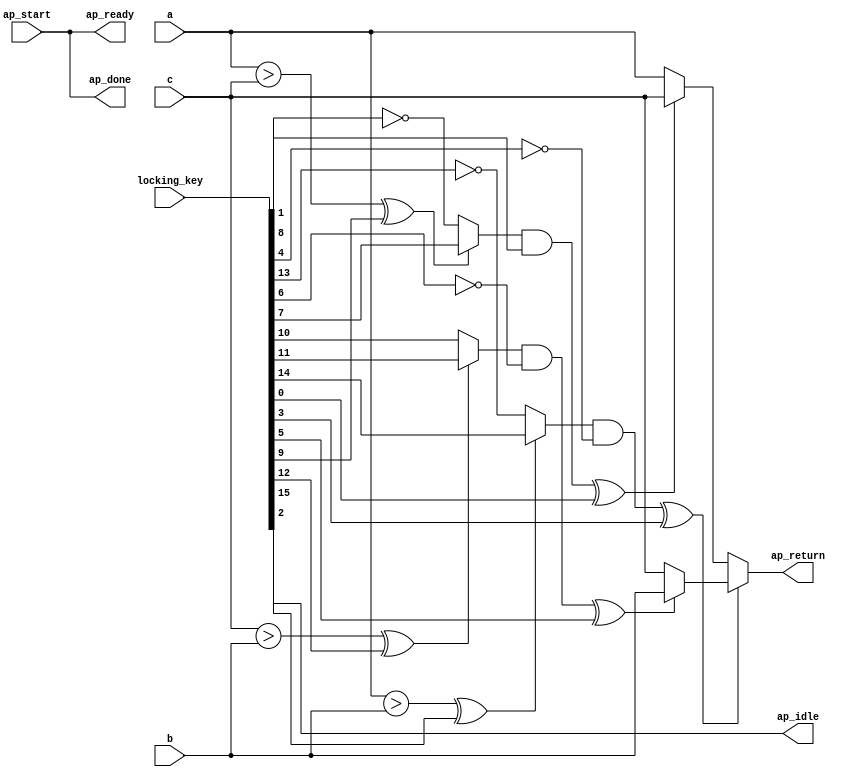
module max_three_0_obf
(
  ap_start,
  ap_done,
  ap_idle,
  ap_ready,
  a,
  b,
  c,
  ap_return,
  locking_key
);

  input ap_start;
  output ap_done;
  output ap_idle;
  output ap_ready;
  input [31:0] a;
  input [31:0] b;
  input [31:0] c;
  output [31:0] ap_return;
  wire [0:0] tmp_1_fu_40_p2;
  wire [0:0] tmp_1_fu_40_p2_temp;
  wire [0:0] tmp_2_fu_54_p2;
  wire [0:0] tmp_fu_34_p2;
  wire [0:0] tmp_fu_34_p2_temp;
  wire [31:0] a_assign_fu_46_p3;
  wire [31:0] max_fu_60_p3;
  wire Const_0;
  wire Const_1;
  wire Const_2;
  wire Const_3;
  wire Const_4;
  wire Const_5;
  wire Const_6;
  wire Const_7;
  wire Const_8;
  wire Const_9;
  input [254:0] locking_key;
  wire [15:0] working_key;
  assign a_assign_fu_46_p3 = ((tmp_1_fu_40_p2_temp ^ working_key[0]) == 1'b1)? c : a;
  assign Const_0 = (1'b0 ^ working_key[1]);
  assign tmp_1_fu_40_p2_temp = tmp_1_fu_40_p2 & Const_0;
  assign ap_done = ap_start;
  assign Const_1 = (1'b0 ^ working_key[2]);
  assign ap_idle = Const_1;
  assign ap_ready = ap_start;
  assign ap_return = ((tmp_fu_34_p2_temp ^ working_key[3]) == 1'b1)? max_fu_60_p3 : a_assign_fu_46_p3;
  assign Const_2 = (1'b1 ^ working_key[4]);
  assign tmp_fu_34_p2_temp = tmp_fu_34_p2 & Const_2;
  assign max_fu_60_p3 = ((tmp_2_fu_54_p2_temp ^ working_key[5]) == 1'b1)? b : c;
  assign Const_3 = (1'b1 ^ working_key[6]);
  assign tmp_2_fu_54_p2_temp = tmp_2_fu_54_p2 & Const_3;
  assign Const_4 = (1'b0 ^ working_key[7]);
  assign Const_5 = (1'b1 ^ working_key[8]);
  assign tmp_1_fu_40_p2 = (((a > c) ^ working_key[9]) == 1'b1)? Const_4 : Const_5;
  assign Const_6 = (1'b0 ^ working_key[10]);
  assign Const_7 = (1'b0 ^ working_key[11]);
  assign tmp_2_fu_54_p2 = (((c > b) ^ working_key[12]) == 1'b1)? Const_7 : Const_6;
  assign Const_8 = (1'b1 ^ working_key[13]);
  assign Const_9 = (1'b0 ^ working_key[14]);
  assign tmp_fu_34_p2 = (((a > b) ^ working_key[15]) == 1'b1)? Const_9 : Const_8;
  assign working_key = { locking_key[15:0] };

endmodule